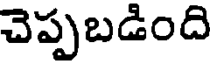
చెప్పబడింది